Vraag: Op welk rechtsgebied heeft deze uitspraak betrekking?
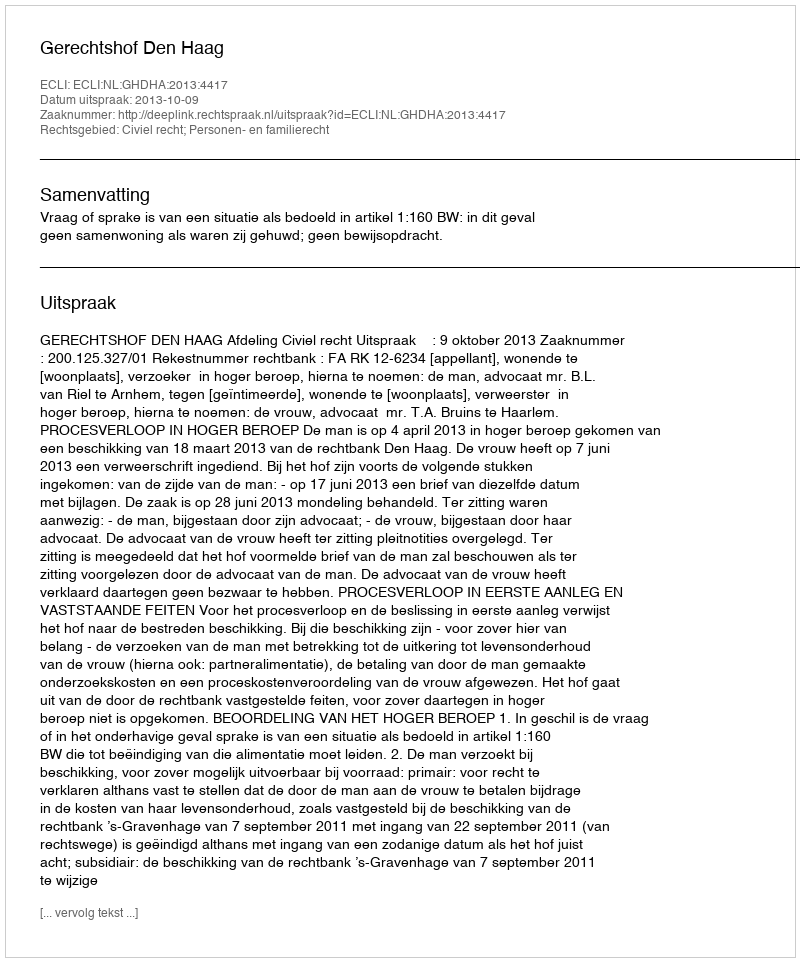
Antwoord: Civiel recht; Personen- en familierecht